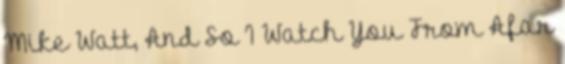
Mike Watt, And So I Watch You From Afar